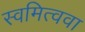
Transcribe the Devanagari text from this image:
स्वमित्ववा